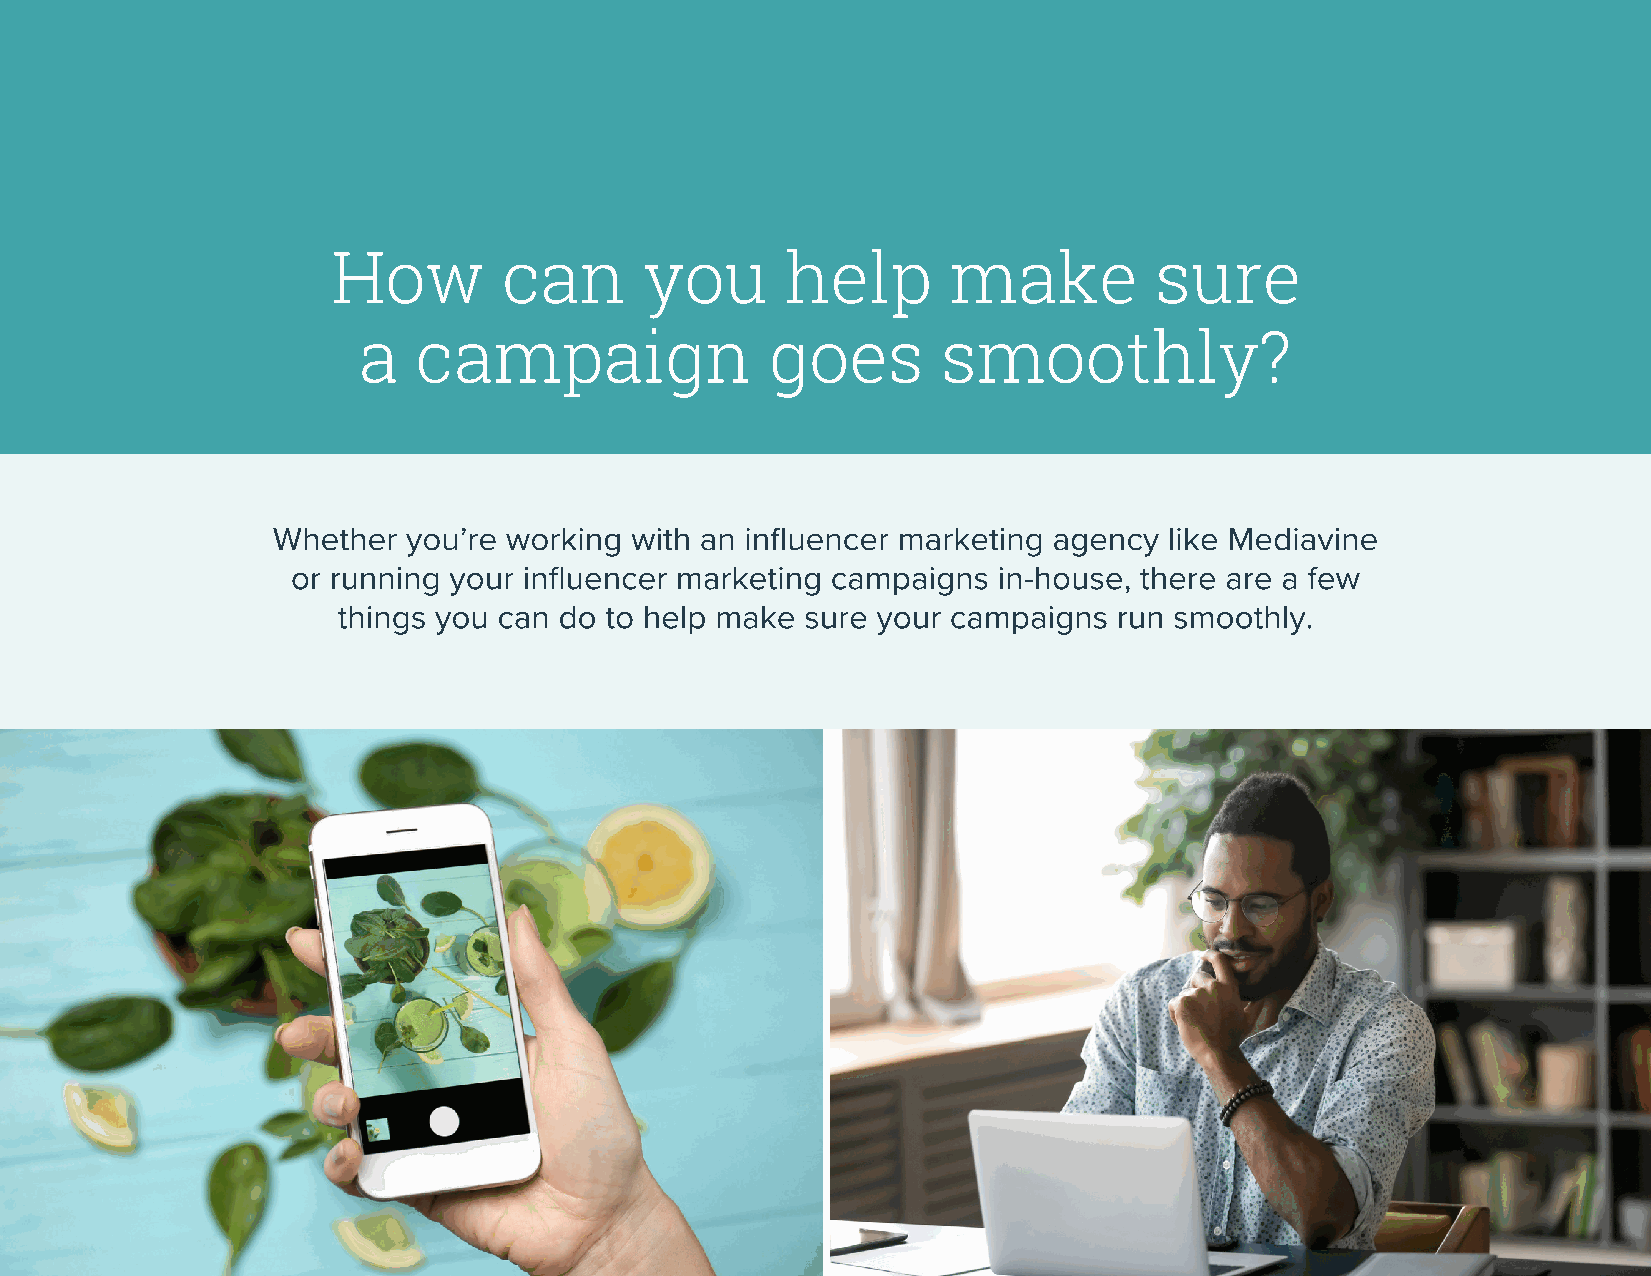
How        can       you      help       make         sure
 a  campaign                goes       smoothly?
 Whether  you’re working with an influencer marketing agency like Mediavine
 or running your influencer marketing campaigns in-house, there are a few
 things you can do to help make sure your campaigns  run smoothly.